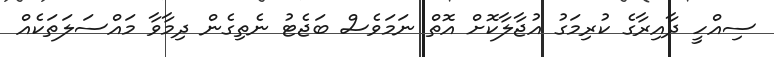
ސިއްހީ ދާއިރާގެ ކުރިމަގު އުޖާލާކޮށް އޮތް ނަމަވެސް ބަޖެޓު ނެތިގެން ދިމާވާ މައްސަލަތަކެއް